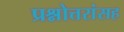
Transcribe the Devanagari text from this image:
प्रश्नोत्तरांसह